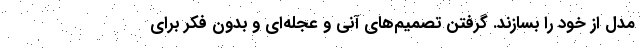
مدل از خود را بسازند. گرفتن تصمیم‌های آنی و عجله‌ای و بدون فکر برای